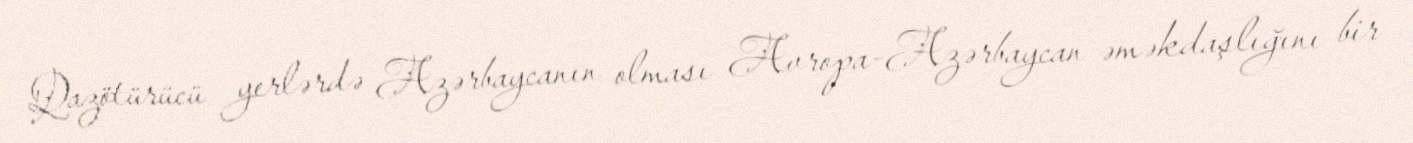
Qazötürücü yerlərdə Azərbaycanın olması Avropa-Azərbaycan əməkdaşlığını bir